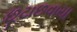
છૂટાછવાયા